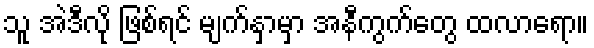
သူ အဲဒီလို ဖြစ်ရင် မျက်နှာမှာ အနီကွက်တွေ ထလာရော။